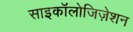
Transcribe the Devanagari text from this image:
साइकॉलोजिज़ेशन